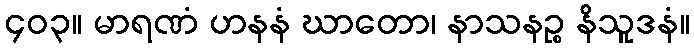
၄၀၃။ မာရဏံ ဟနနံ ဃာတော၊ နာသနဉ္စ နိသူဒနံ။